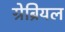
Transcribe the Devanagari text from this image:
ग्रेब्रियल